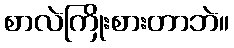
စာလဲကြိုးစားတာဘဲ။